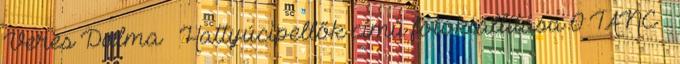
Veres Dalma – Hattyúcipellők című fotókiállítása 0 TÁNC –